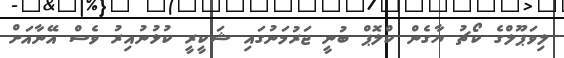
ލިވަޕޫލްގެ ކޯޗު ޔާގެން ކްލޮޕް ބުނީ ޖަރުމަނުގައި ޝަކީރީ ކުޅުނުއިރު ވެސް އޭނާއަށް